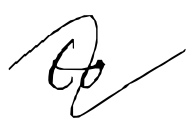
Text: to
Cross-out: mix
Writing tool: digital_black